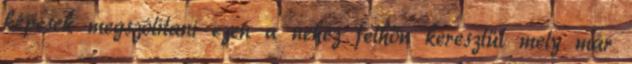
képesek megszólítani ezen a nehéz felhőn keresztül mely már